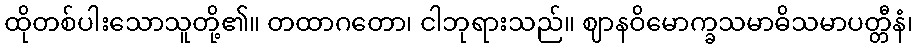
ထိုတစ်ပါးသောသူတို့၏။ တထာဂတော၊ ငါဘုရားသည်။ ဈာနဝိမောက္ခသမာဓိသမာပတ္တီနံ၊